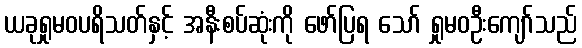
ယခုရှုမဝပရိသတ်နှင့် အနီးစပ်ဆုံးကို ဖော်ပြရ သော် ရှုမဝဦးကျော်သည်